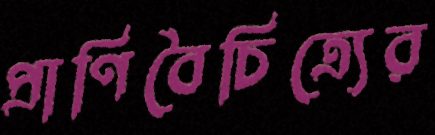
প্রাণিবৈচিত্র্যের